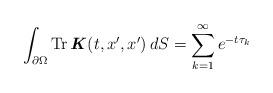
LaTeX: \begin{align*} \int_{\partial \Omega} \operatorname{Tr} \textbf{\textit{K}}(t,x^{\prime},x^{\prime}) \,dS = \sum_{k=1}^{\infty} e^{-t\tau_k}\end{align*}